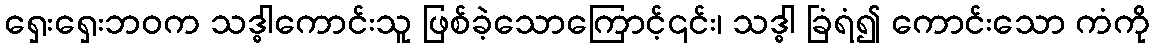
ရှေးရှေးဘဝက သဒ္ဓါကောင်းသူ ဖြစ်ခဲ့သောကြောင့်၎င်း၊ သဒ္ဓါ ခြံရံ၍ ကောင်းသော ကံကို